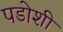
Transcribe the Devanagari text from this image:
पडोशी